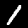
Digit: 1